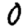
Digit: 0